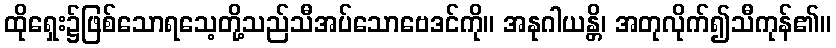
ထိုရှေး၌ဖြစ်သောရသေ့တို့သည်သီအပ်သောဗေဒင်ကို။ အနုဂါယန္တိ၊ အတုလိုက်၍သီကုန်၏။